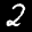
Label: 2